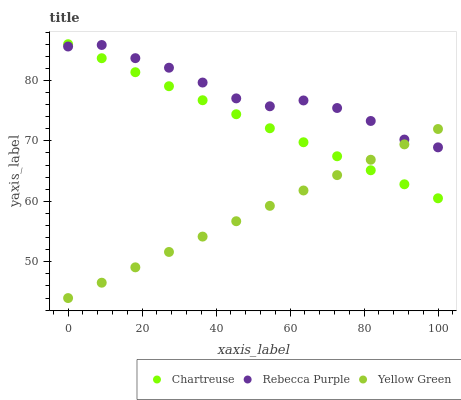
| xaxis_label | Chartreuse | Rebecca Purple | Yellow Green |
 | --- | --- | --- | --- |
 | 0 | 86 | 85.6 | 44 |
 | 9.09 | 83.7 | 85.9 | 46.5 |
 | 18.2 | 81.4 | 83.7 | 49.1 |
 | 27.3 | 79 | 82.1 | 51.6 |
 | 36.4 | 76.7 | 79.7 | 54.2 |
 | 45.5 | 74.4 | 77 | 56.7 |
 | 54.5 | 72.1 | 75.7 | 59.3 |
 | 63.6 | 69.8 | 76.7 | 61.8 |
 | 72.7 | 67.5 | 75.4 | 64.3 |
 | 81.8 | 65.1 | 73.3 | 66.9 |
 | 90.9 | 62.8 | 70.2 | 69.4 |
 | 100 | 60.5 | 68.9 | 72 |